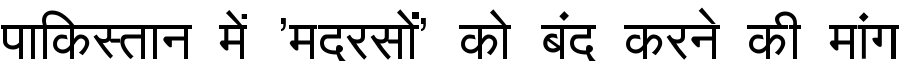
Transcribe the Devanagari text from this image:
पाकिस्तान में 'मदरसों' को बंद करने की मांग